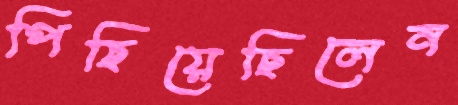
পিছিয়েছিলেন